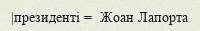
|президенті =  Жоан Лапорта